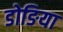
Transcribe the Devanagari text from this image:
डोङिया